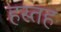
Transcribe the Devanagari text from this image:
हस्तह